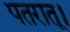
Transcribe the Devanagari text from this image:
पतरातू।